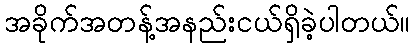
အခိုက်အတန့်အနည်းငယ်ရှိခဲ့ပါတယ်။